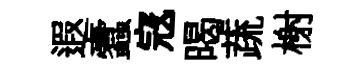
遐蠧𡨥暍蔬榭